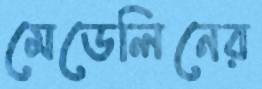
মেডেলিনের